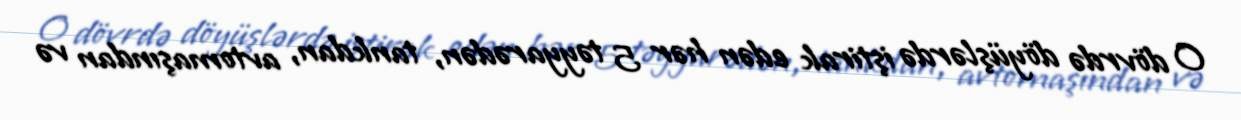
O dövrdə döyüşlərdə iştirak edən hər 5 təyyarədən, tankdan, avtomaşından və